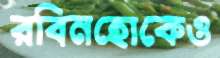
রবিনহোকেও